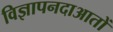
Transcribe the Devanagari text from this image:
विज्ञापनदाआतों